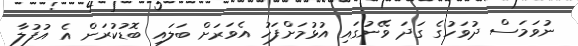
ނުވަމަސް ދުވަހުގެ ގަދަ ވޭނުގައި އުޅުމަށްފަހު އެވަރަށް ބަލައި ބޮޑުކުރަން އެ އުފުލާ